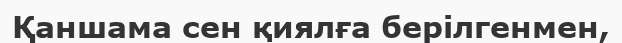
Қаншама сен қиялға берілгенмен,